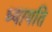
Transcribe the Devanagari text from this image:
ध्यायति